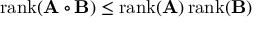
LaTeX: \operatorname { r a n k } ( \mathbf { A } \circ \mathbf { B } ) \leq \operatorname { r a n k } ( \mathbf { A } ) \operatorname { r a n k } ( \mathbf { B } )